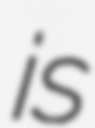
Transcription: is